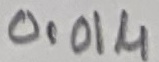
Text: 0.01µ